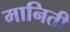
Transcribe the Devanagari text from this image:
मानिती